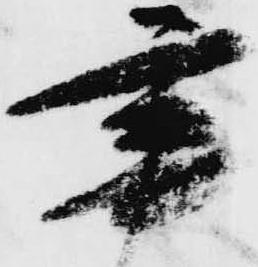
宰